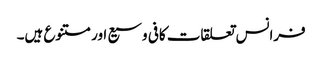
فرانس تعلقات کافی وسیع اور متنوع ہیں۔